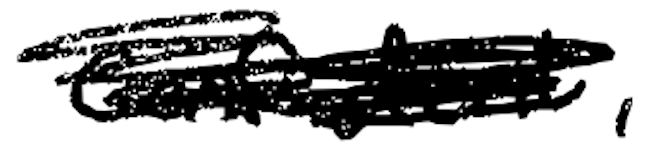
Text: confident,
Cross-out: scratch
Writing tool: digital_black